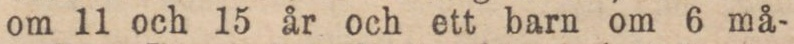
om 11 och 15 år och ett barn om 6 må-